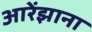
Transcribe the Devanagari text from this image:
आरेंझाना